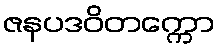
ဇနပဒဝိတက္ကော